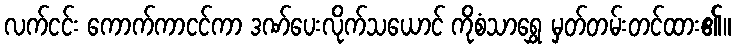
လက်ငင်း ကောက်ကာငင်ကာ ဒဏ်ပေးလိုက်သယောင် ကိုစံသာရွှေ မှတ်တမ်းတင်ထား၏။